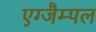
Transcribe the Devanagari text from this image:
एग्जैम्पल